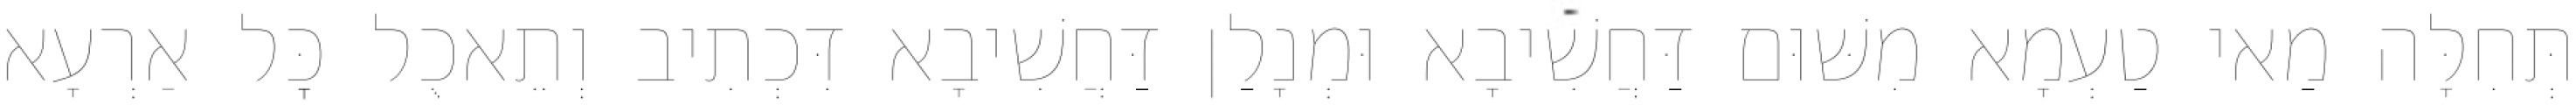
תְּחִלָּה מַאי טַעְמָא מִשּׁוּם דַּחֲשִׁיבָא וּמְנָלַן דַּחֲשִׁיבָא דִּכְתִיב וְתֵאכֻל כׇּל אַרְעָא